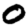
Digit: 0